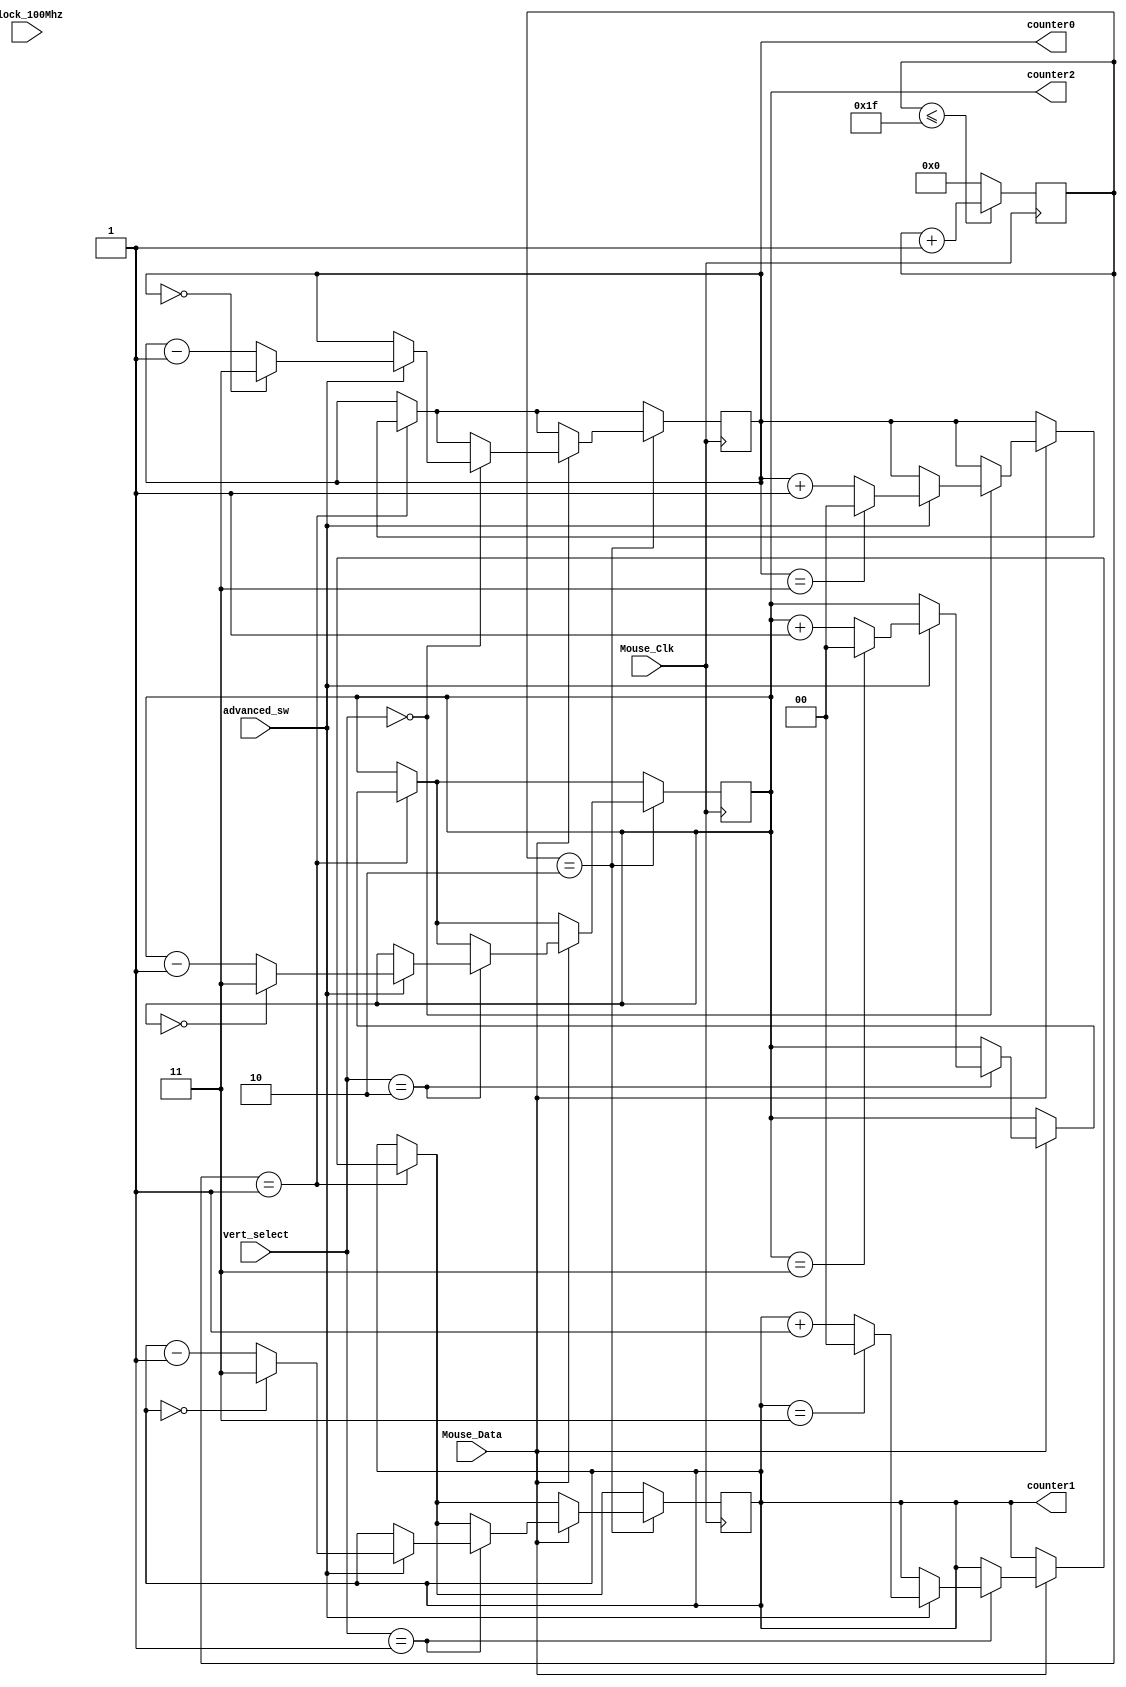
`timescale 1ns / 1ps
//////////////////////////////////////////////////////////////////////////////////
// Company: 
// Engineer: 
// 
// Design Name: 
// Module Name: mouse_sync
// Project Name: 
// Target Devices: 
// Tool Versions: 
// Description: 
// 
// Dependencies: 
// 
// Revision:
// Revision 0.01 - File Created
// Additional Comments:
// 
//////////////////////////////////////////////////////////////////////////////////


module mouse_sync(
    input advanced_sw,
    input clock_100Mhz, // 100 Mhz clock source on Basys 3 FPGA
    input Mouse_Data, // Mouse PS2 data
    input Mouse_Clk, // Mouse PS2 Clock
    input [1:0] vert_select,
    output reg [1:0] counter0 = 0,
    output reg [1:0] counter1 = 0,
    output reg [1:0] counter2 = 0
    );
    
    reg [5:0] Mouse_bits; // count number of bits receiving from the PS2 mouse
    
 // counting the number of bits receiving from the Mouse Data 
 // 33 bits to be received from the Mouse 
    always @(posedge Mouse_Clk)
    begin
        if(Mouse_bits <=31) 
            Mouse_bits <= Mouse_bits + 1;
        else
             Mouse_bits <= 0;
    end
    
    always @(negedge Mouse_Clk)
    begin
            if (Mouse_bits == 1)
            begin
                if (Mouse_Data == 1)
                begin
                    case (vert_select)
                        0: counter0 <= (advanced_sw)? ((counter0 == 3) ? 0 : counter0 + 1) : counter0;
                        1: counter1 <= (advanced_sw)? ((counter1 == 3) ? 0 : counter1 + 1) : counter1;
                        2: counter2 <= (advanced_sw)? ((counter2 == 3) ? 0 : counter2 + 1) : counter2;
                    endcase
                end
            end
            if (Mouse_bits == 2)
                begin
                if (Mouse_Data == 1)
                begin
                    case (vert_select)
                        0: counter0 <= (advanced_sw)? ((counter0 == 0) ? 3 : counter0 - 1) : counter0;
                        1: counter1 <= (advanced_sw)? ((counter1 == 0) ? 3 : counter1 - 1) : counter1;
                        2: counter2 <= (advanced_sw)? ((counter2 == 0) ? 3 : counter2 - 1) : counter2;
                    endcase
                end
            end
    end
     
    
 endmodule